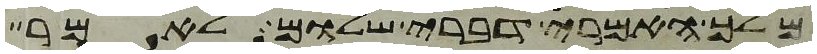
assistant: מלך האמרי דברי שלום לאמר